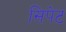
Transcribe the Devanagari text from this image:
सिपेट